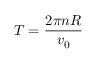
T = \frac { 2 \pi n R } { v _ { 0 } }